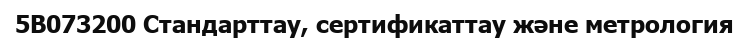
5В073200 Стандарттау, сертификаттау және метрология